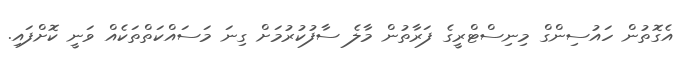
އެގޮތުން ހައުސިންގް މިނިސްޓްރީގެ ފަރާތުން މާލެ ސާފުކުރުމަށް ގިނަ މަސައްކަތްތަކެއް ވަނީ ކޮށްފައި.